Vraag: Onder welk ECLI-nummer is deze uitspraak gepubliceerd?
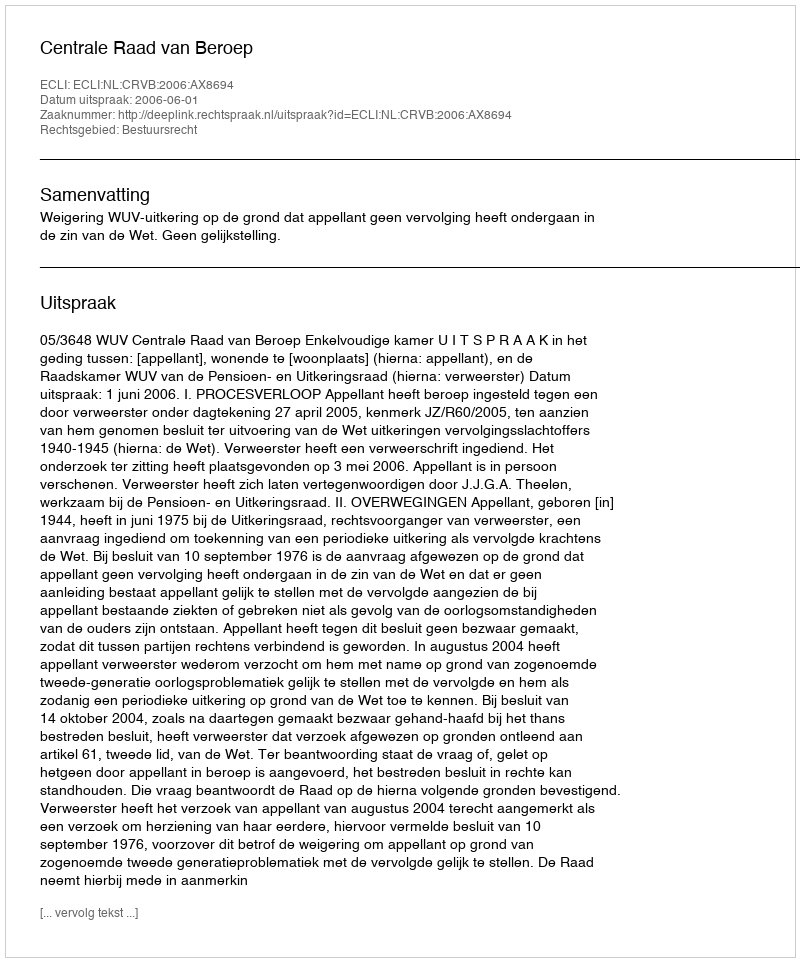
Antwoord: ECLI:NL:CRVB:2006:AX8694